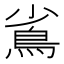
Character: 䲵